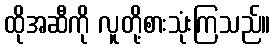
ထိုအဆီကို လူတို့စားသုံးကြသည်။